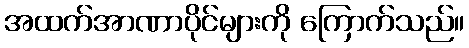
အထက်အာဏာပိုင်များကို ကြောက်သည်။